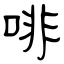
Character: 啡